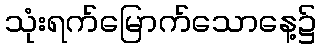
သုံးရက်မြောက်သောနေ့၌